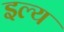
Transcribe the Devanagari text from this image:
इल्य